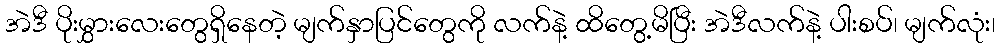
အဲဒီ ပိုးမွှားလေးတွေရှိနေတဲ့ မျက်နှာပြင်တွေကို လက်နဲ့ ထိတွေ့မိပြီး အဲဒီလက်နဲ့ ပါးစပ်၊ မျက်လုံး၊